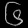
Digit: ၆